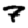
Digit: 7